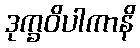
ဒုက္ခဝိပါကာနိ